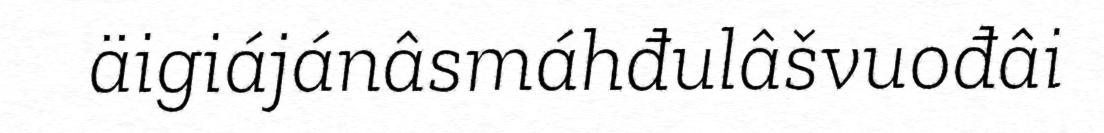
äigiájánâsmáhđulâšvuođâi